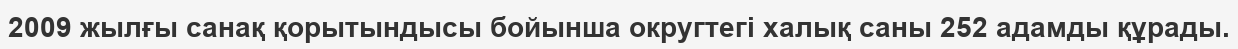
2009 жылғы санақ қорытындысы бойынша округтегі халық саны 252 адамды құрады.